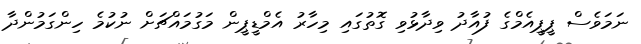
ނަމަވެސް ޕީޕީއެމްގެ ފުއާދު ވިދާޅުވި ގޮތުގައި މިހާރު އެމްޑީޕީން މަގުމައްޗަށް ނުކުމެ ހިންގަމުންދާ